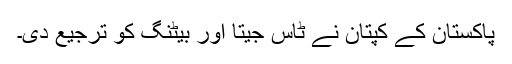
پاکستان کے کپتان نے ٹاس جیتا اور بیٹنگ کو ترجیع دی۔